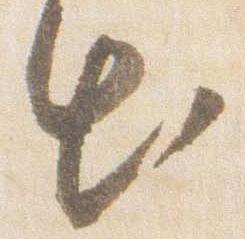
出